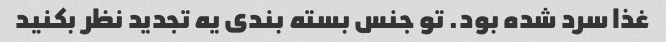
غذا سرد شده بود. تو جنس بسته بندی یه تجدید نظر بکنید